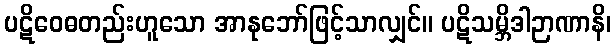
ပဋိဝေဓတည်းဟူသော အာနုဘော်ဖြင့်သာလျှင်။ ပဋိသမ္ဘိဒါဉာဏာနိ၊